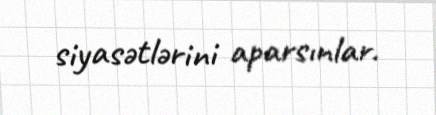
siyasətlərini aparsınlar.